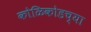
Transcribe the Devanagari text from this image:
कोळिकोडच्या